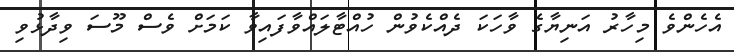
އެހެންވެ މިހާރު އަނިޔާގެ ވާހަކަ ދެެއްކެވުން ހުއްޓާލައްވާފައިވާ ކަމަށް ވެސް މޫސަ ވިދާޅުވި